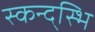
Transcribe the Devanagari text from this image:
स्कन्द्स्भि